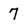
Character: 7